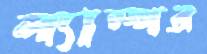
ল্যাম্পর